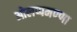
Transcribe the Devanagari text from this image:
ओलप्पमण्णा